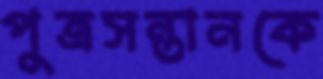
পুত্রসন্তানকে